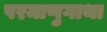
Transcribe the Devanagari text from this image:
परमाणुगाथा